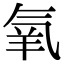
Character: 氧